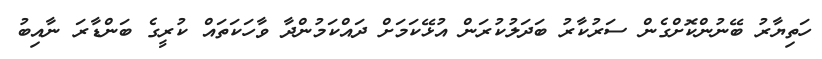
ހަތިޔާރު ބޭނުންކޮށްގެން ސަރުކާރު ބަދަލުކުރަން އުޅޭކަމަށް ދައްކަމުންދާ ވާހަކަތައް ކުރީގެ ބަންޑާރަ ނާއިބު